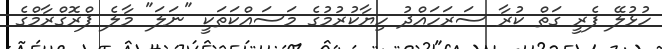
ހުޅުލޭ ފެރީ ގަތް ކުރާ ސަރަހައްދު ހިޔާކުރުމުގެ މަސައްކަތަކީ "ނަލަ" މާލެ ޕްރޮގްރާމްގެ